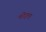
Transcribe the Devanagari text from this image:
फीद्लर